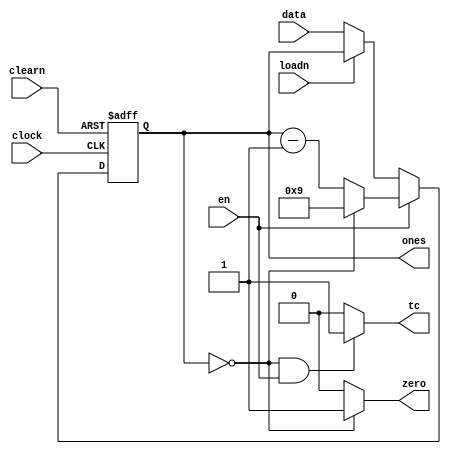
// contador decrescente modulo 10
module mod10(
    input wire clearn, loadn, clock, en,
    input wire [3:0] data,
    output wire [3:0] ones, 
    output wire tc, zero); 
    
    // OBS:
    // data -> entrada de cdigo BCD
    // clock -> entrada do clock 
    // loadn -> linha de controle de carga -> ativo em nvel BAIXO
    // en -> entrada enable (habilitao) -> ativo em nvel ALTO
    // clearn -> entrada de reset -> ativo em nvel BAIXO
    // ones -> sada de cdigo BCD
    // zero -> sada indicando que o contador chegou a zero
    // tc -> indicar quando o dgito do contador est no valor mnimo (0)
            // nesse caso TC vai para 1 e ativa o proximo contador
    

    reg [3:0] counter; // contador auxiliar para cclos do relgio

    wire [3:0] next;
    
    always @(posedge clock, negedge clearn)
        begin
            
            // limpa o cronometro
            // caso o magnetron esteja desligado, apenas limpar o visor
            // caso esteja ligado, tambm encerrar a operao
            if (clearn == 1'b0)
                begin
                    counter <= 0;
                end

            else
                // se o magnetron est desligado,  possvel carregar o dgito
                if (en == 1'b0)
                    begin
                        if (loadn == 1'b0)
                            begin
                                counter <= data;
                            end
                    end
                else 
                    begin
                        if (counter == 0) // magnetron ligado, iniciar contagem regressiva
                            begin
                                counter <= 9;
                            end
                        else
                            begin
                                counter <= next;
                            end
                        
                    end 
        end

    
    assign next = counter - 1;

    // quando contador chegar a zero e o cronometro estiver ativo fazer a indicao em TC
    assign tc = ((counter == 0) && (en == 1'b1)) ? 1'b1 : 1'b0;

    // quando contador chegar a zero fazer a indicao em ZERO
    assign zero = (counter == 0) ? 1'b1 : 1'b0;

    // disponibilizar o valor atual da contagem na sada
    assign ones = counter;


endmodule